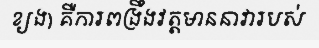
ខ្យង) គឺការពង្រឹងវត្តមាននាវារបស់